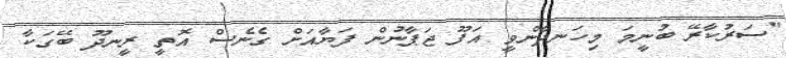
"ސަރުކާރޭ ބުނީމަ މިހަނދާންވީ އަފޫ ޖަޕާނުން ފަޔާއަށް ގެނެސް އޮތީ ރީނދޫ ބޭގަކާ